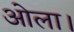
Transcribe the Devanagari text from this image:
ओला।